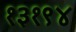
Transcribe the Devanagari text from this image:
१३१९४